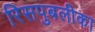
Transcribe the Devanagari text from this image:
रिसपुबलीका